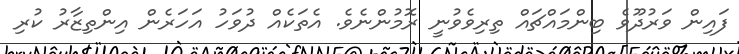
ފައިން ވަރުދޫވެ ބިންމައްޗައް ތިރިވެވުނީ ރޮމުންނެވެ. އެތަކެއް ދުވަހު އަހަރެން އިންތިޒާރު ކުރި